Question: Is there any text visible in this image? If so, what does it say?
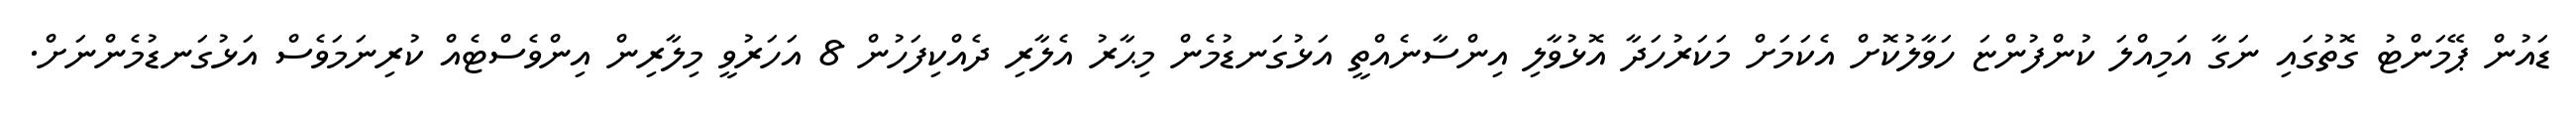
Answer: ޑައުން ޕޭމަންޓު ގޮތުގައި ނަގާ އަމިއްލަ ކުންފުންޏަ ހަވާލުކޮށް އެކަމަށް މަކަރުހަދާ އޮޅުވާލި އިންސާނެއްތީ އަޅުގަނޑުމެން މިޙާރު އެލާރި ދެއްކިފަހުން 8 އަހަރުވީ މިލާރިން އިންވެސްޓެއް ކުރިނަމަވެސް އަޅުގަނޑުމެންނަށް.